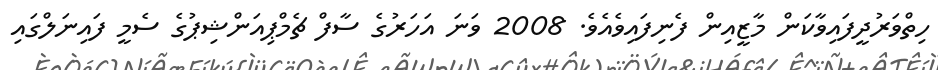
ހިތްވަރުދީފައިވާކަން މާޒީއިން ފެނިފައިވެއެވެ. 2008 ވަނަ އަހަރުގެ ސާފް ޗެމްޕިއަންޝިޕުގެ ސެމީ ފައިނަލްގައި